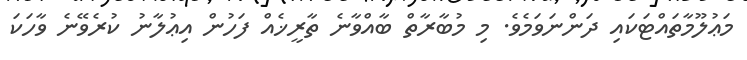
މަޢުލޫމާތައްޓަކައި ދަންނަވަމެވެ. މި މުބާރާތް ބާއްވާނެ ތާރީޚެއް ފަހުން އިޢުލާނު ކުރެވޭނެ ވާހަކަ